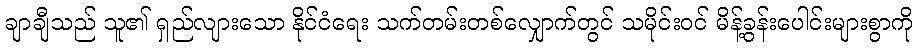
ချာချီသည် သူ၏ ရှည်လျားသော နိုင်ငံရေး သက်တမ်းတစ်လျှောက်တွင် သမိုင်းဝင် မိန့်ခွန်းပေါင်းများစွာကို